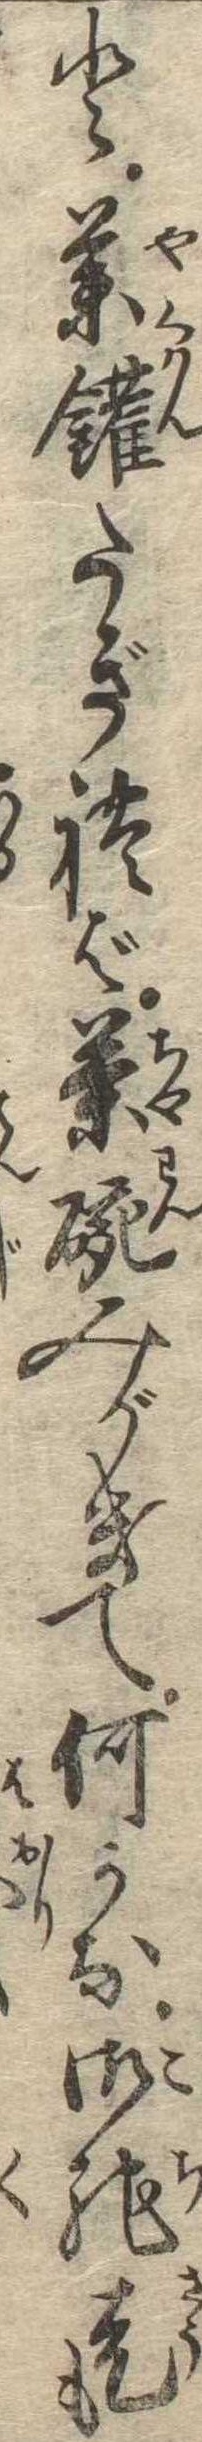
と薬鑵たぎれば茶碗みがきて何がな御馳走も